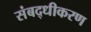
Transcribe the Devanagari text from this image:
संबद्धीकरण